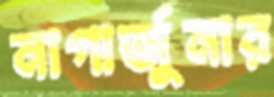
নাগার্জুনার